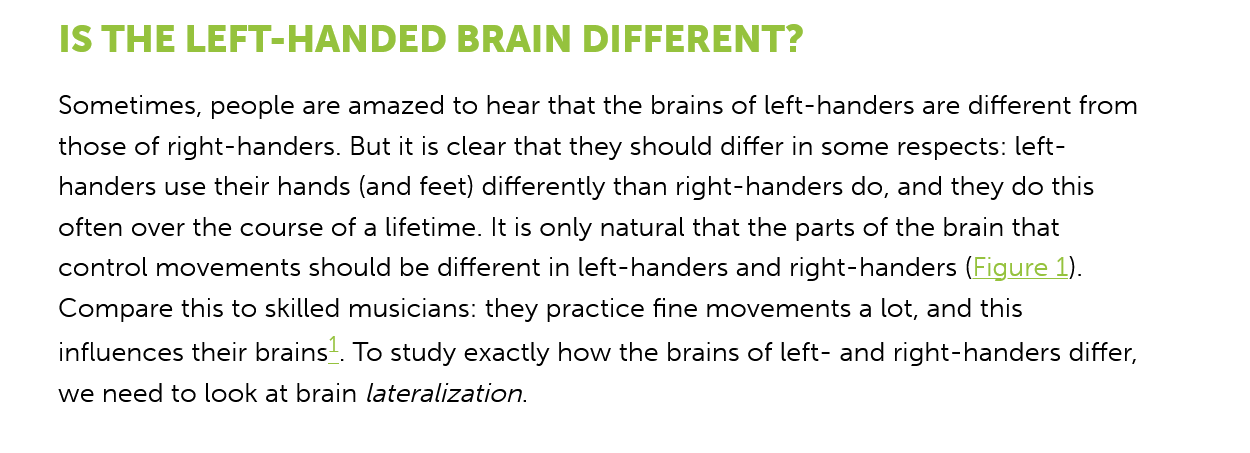
IS THE   LEFT-HANDED    BRAIN    DIFFERENT?
     Sometimes, people are amazed to hear that the brains of left-handers are different from
     those of right-handers. But it is clear that they should differ in some respects: left-
     handers use their hands (and feet) differently than right-handers do, and they do this
     often over the course of
     a
     lifetime. It is only natural that the parts of the brain that
     control movements should be different in left-handers and right-handers (Figure 1).
     Compare this to skilled musicians: they practice fine movements a lot, and this
     influences their brains. To study exactly how the brains of left- and right-handers differ,
     we need to look at brain lateralization.